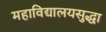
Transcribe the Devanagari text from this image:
महाविद्यालयसुद्धा